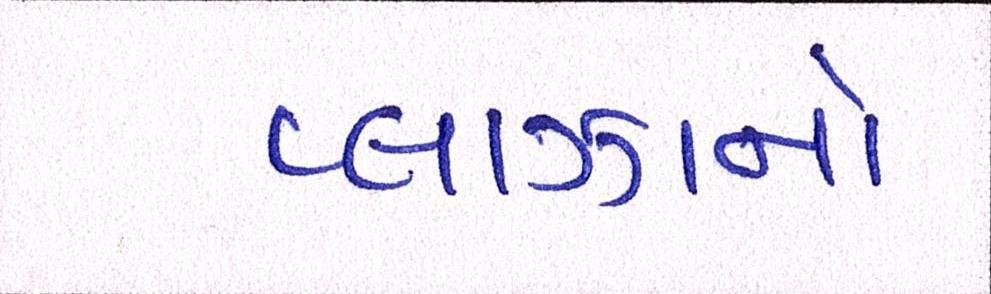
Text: પ્લાઝાનો